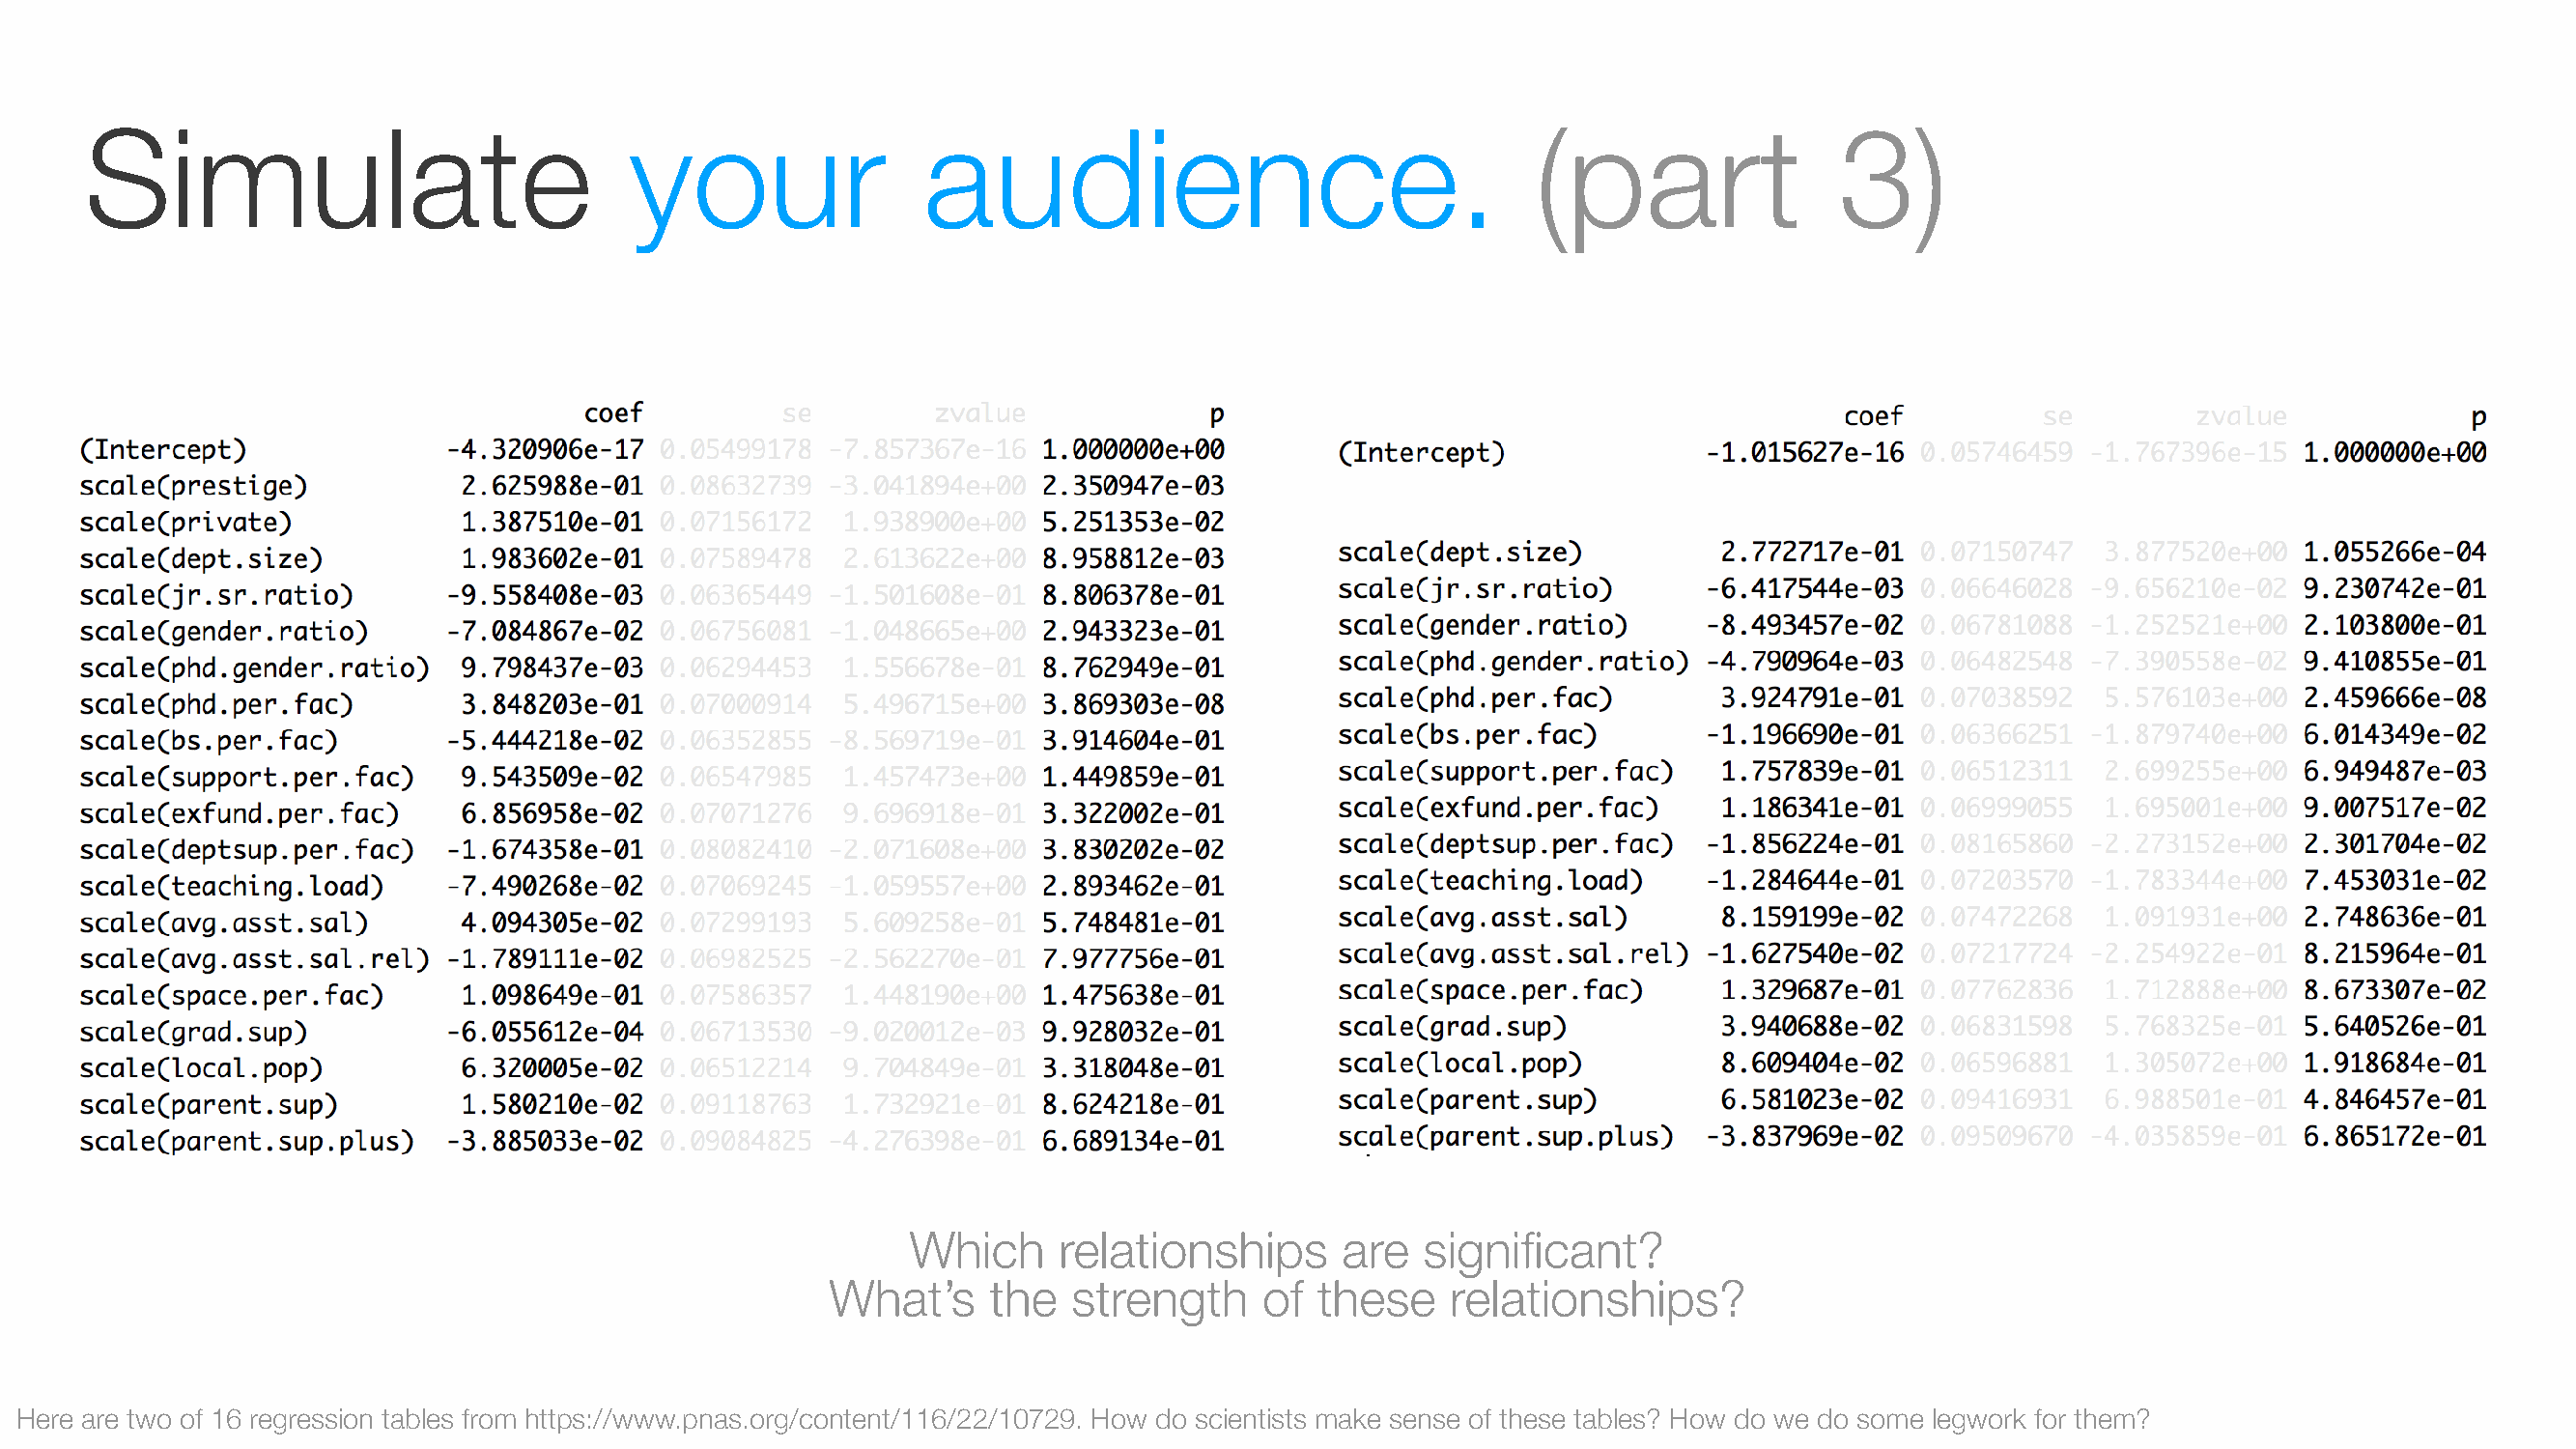
Simulate                             your                audience.                                 (part                3)
 Which      relationships      are   significant?
 What’s     the  strength      of these    relationships?
 Here are two of 16 regression tables from https://www.pnas.org/content/116/22/10729. How do scientists make sense of these tables? How do we do some legwork for them?